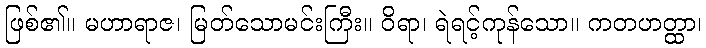
ဖြစ်၏။ မဟာရာဇ၊ မြတ်သောမင်းကြီး။ ဝိရာ၊ ရဲရင့်ကုန်သော။ ကတဟတ္ထာ၊